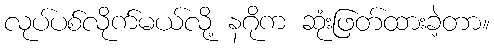
လုပ်ပစ်လိုက်မယ်လို့ နဂိုက ဆုံးဖြတ်ထားခဲ့တာ။